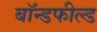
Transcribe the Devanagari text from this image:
बॉन्डफील्ड